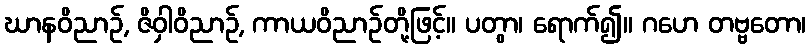
ဃာနဝိညာဉ်, ဇိဝှါဝိညာဉ်, ကာယဝိညာဉ်တို့ဖြင့်။ ပတွာ၊ ရောက်၍။ ဂဟေ တဗ္ဗတော၊